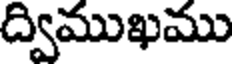
ద్విముఖము